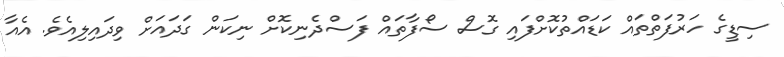
ސިޑީގެ ހަރުފަތްތައް ކަޑައްތުކޮށްފައި ގޮސް ސޯފާތައް ފަސްދެނިކޮށް ނިކަން ގަދައަށް ވިދައިލިއެވެ. އެއާ